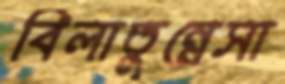
বিলাতুন্নেসা